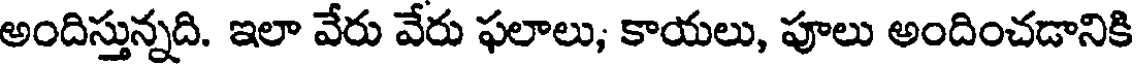
అందిస్తున్నది. ఇలా వేరు వేరు ఫలాలు, కాయలు, పూలు అందించడానికి